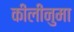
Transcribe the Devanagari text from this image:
कीलीनुमा